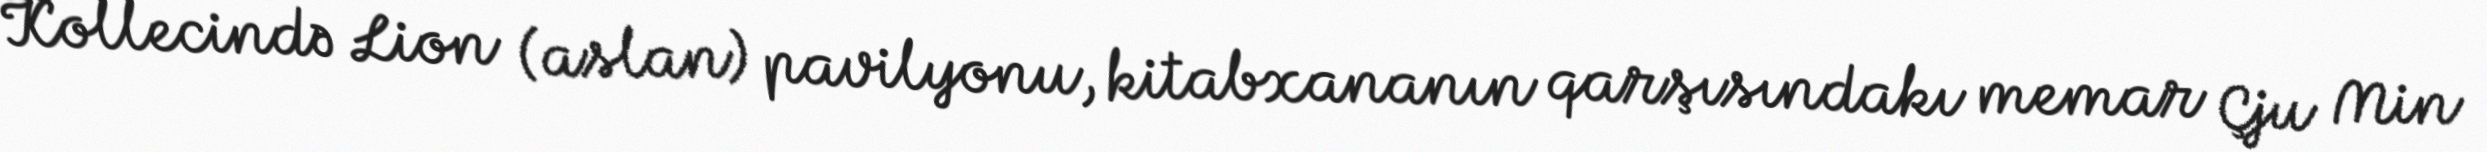
Kollecində Lion (aslan) pavilyonu, kitabxananın qarşısındakı memar Çju Min